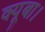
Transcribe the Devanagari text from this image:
क्यूबा।